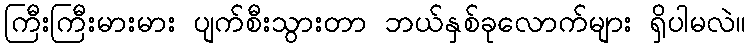
ကြီးကြီးမားမား ပျက်စီးသွားတာ ဘယ်နှစ်ခုလောက်များ ရှိပါမလဲ။